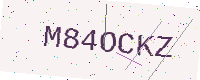
Text: M84OCKZ